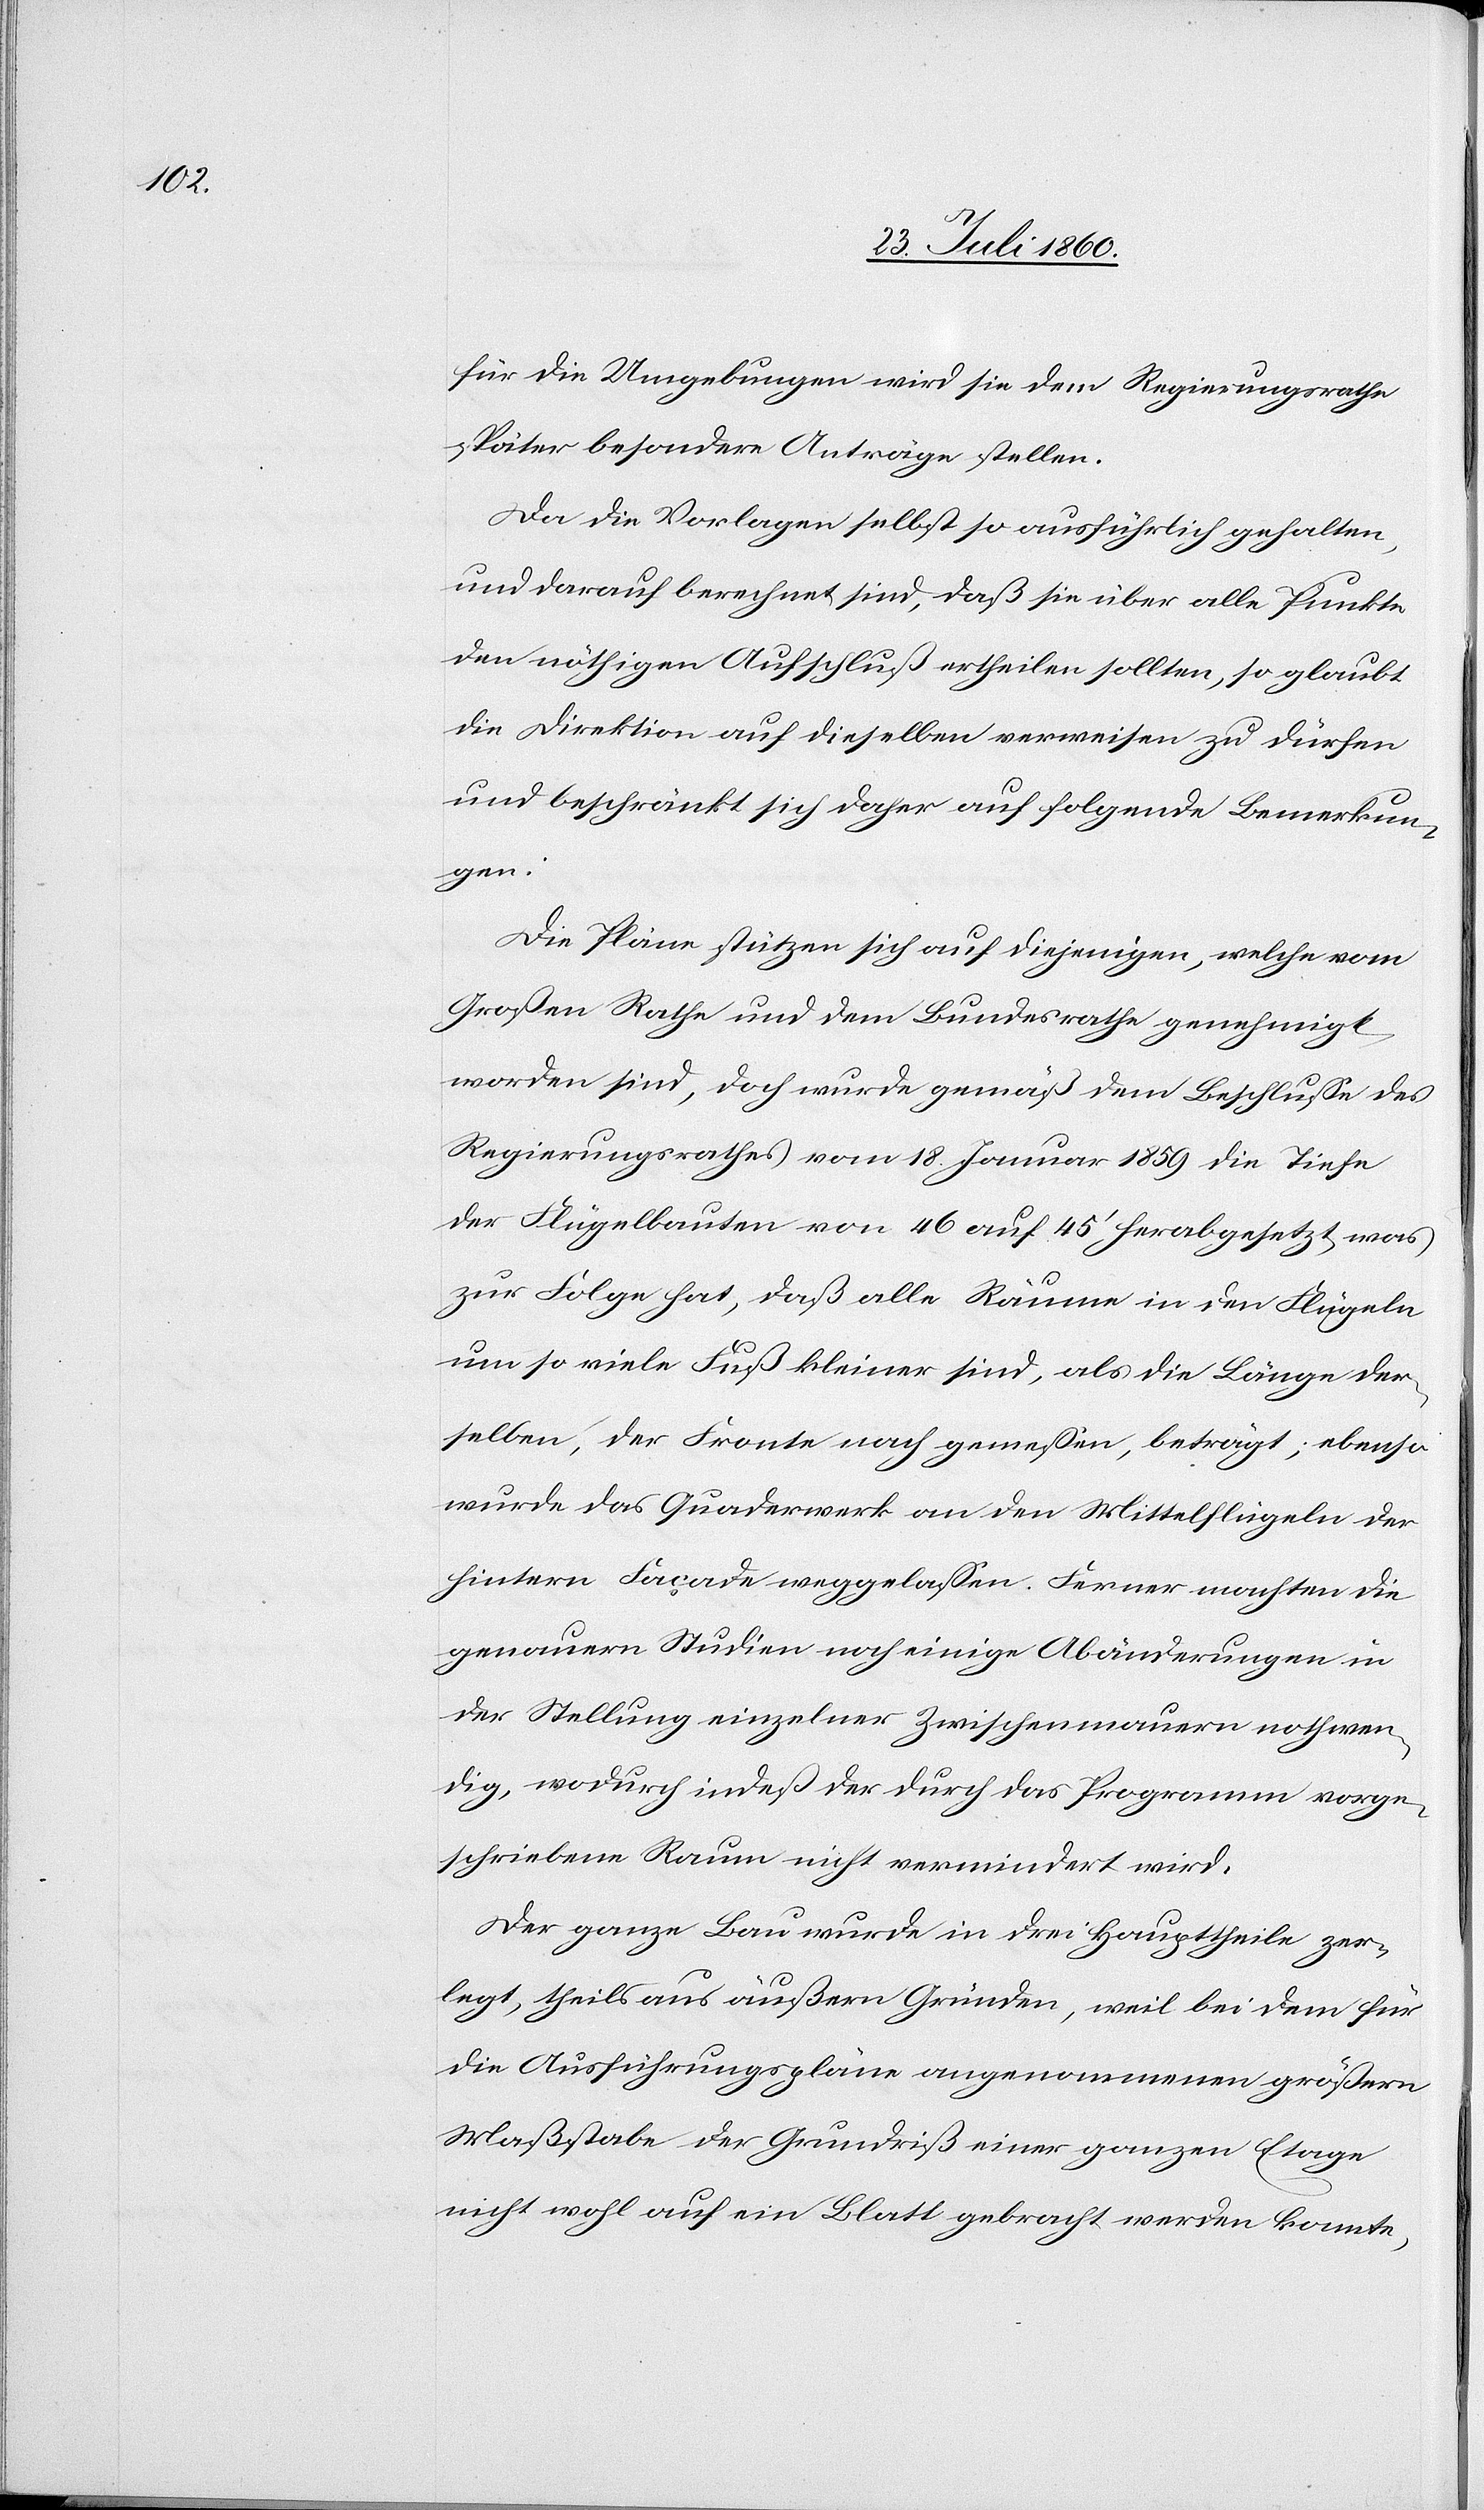
für die Umgebungen wird sie dem Regierungsrathe
später besondere Anträge stellen.
Da die Vorlagen selbst so ausführlich gehalten
und darauf berechnet sind, dass sie über alle Punkte
den nöthigen Aufschluss ertheilen sollten, so glaubt
die Direktion auf dieselben verweisen zu dürfen
und beschränkt sich daher auf folgende Bemerkun¬
gen.
Die Pläne stützen sich auf diejenigen, welche vom
Grossen Rathe und dem Bundesrathe genehmigt
worden sind, doch wurde gemäss dem Beschlusse des
Regierungsrathes vom 18. Jenner 1859 die Tiefe
der Flügelbauten von 46 auf 45’ herabgesetzt, was
zur Folge hat, dass alle Räume in den Flügeln
um so viele Füsse kleiner sind, als die Länge der¬
selben, der Fronte nach gemessen, beträgt, ebenso
wurde das Quaderwerk an den Mittelflügen der
hintern Façade weggelassen. Ferner machten die
genauern Studien noch einige Abänderungen in
der Stellung einzelner Zwischenmauern nothwen¬
dig, wodurch indess der durch das Programm vorge¬
schriebene Raum nicht vermindert wird.
Der ganze Bau wurde in 3 Haupttheile zer¬
legt, theils aus äussern Gründen, weil bei dem für
die Ausführungspläne angenommenen grössern
Massstabe der Grundriß einer ganzen Etage
nicht wohl auf ein Blatt gebracht werden konnte,